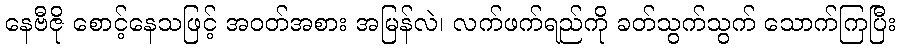
နေဗီဇို စောင့်နေသဖြင့် အဝတ်အစား အမြန်လဲ၊ လက်ဖက်ရည်ကို ခတ်သွက်သွက် သောက်ကြပြီး